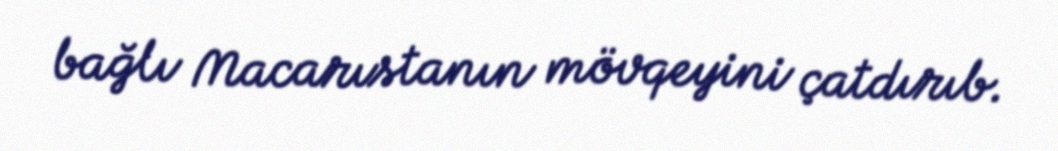
bağlı Macarıstanın mövqeyini çatdırıb.